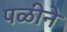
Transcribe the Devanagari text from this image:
पळीने